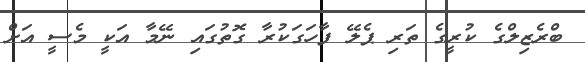
ބްރެޒިލްގެ ކުރީގެ ތަރި ޕެލޭ ފާހަގަކުރާ ގޮތުގައި ނޭމާ އަކީ މެސީ އަށް